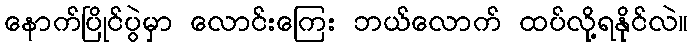
နောက်ပြိုင်ပွဲမှာ လောင်းကြေး ဘယ်လောက် ထပ်လို့ရနိုင်လဲ။